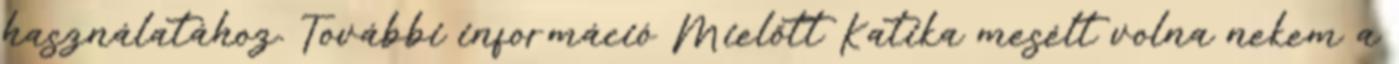
használatához. További információ Mielőtt Katika mesélt volna nekem a